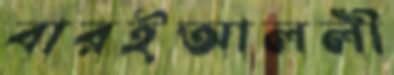
বারইআললী